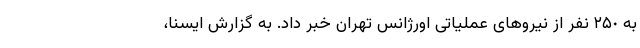
به ٢۵٠ نفر از نیروهای عملیاتی اورژانس تهران خبر داد. به گزارش ایسنا،